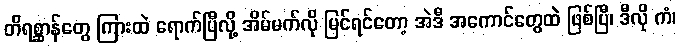
တိရစ္ဆာန်တွေ ကြားထဲ ရောက်ပြီလို့ အိမ်မက်လို မြင်ရင်တော့ အဲဒီ အကောင်တွေထဲ ဖြစ်ပြီ၊ ဒီလို ကံ၊